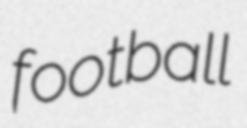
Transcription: football